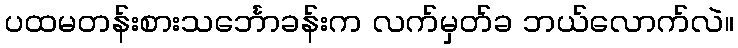
ပထမတန်းစားသင်္ဘောခန်းက လက်မှတ်ခ ဘယ်လောက်လဲ။